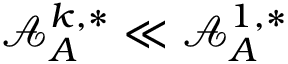
\mathcal { A } _ { A } ^ { k , * } \ll \mathcal { A } _ { A } ^ { 1 , * }